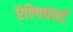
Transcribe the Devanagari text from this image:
ऍल्फ्वियर्ड